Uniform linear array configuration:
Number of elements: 16
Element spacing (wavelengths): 0.75
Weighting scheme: blackman
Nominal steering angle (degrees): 30
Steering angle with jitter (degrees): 31.621
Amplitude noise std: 0.05
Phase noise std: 0.05

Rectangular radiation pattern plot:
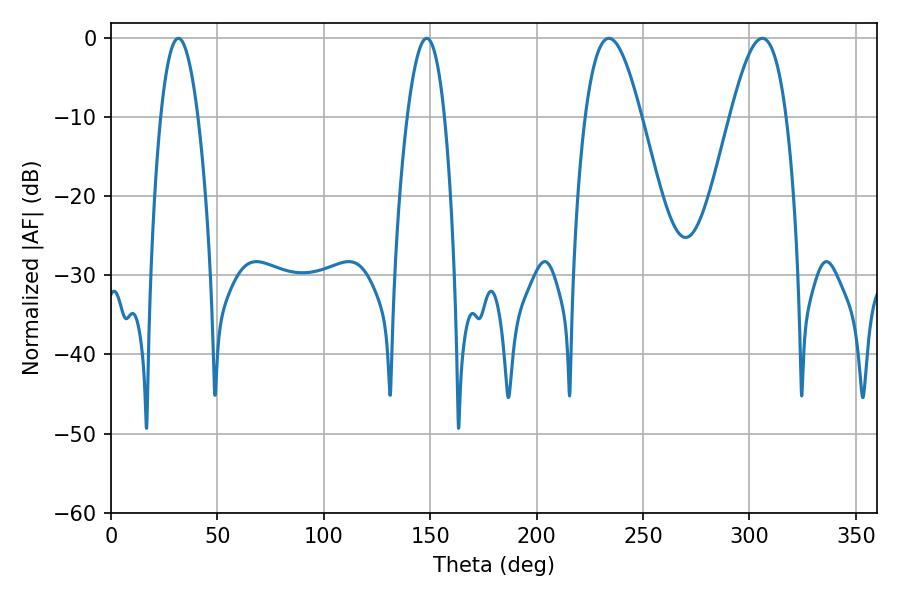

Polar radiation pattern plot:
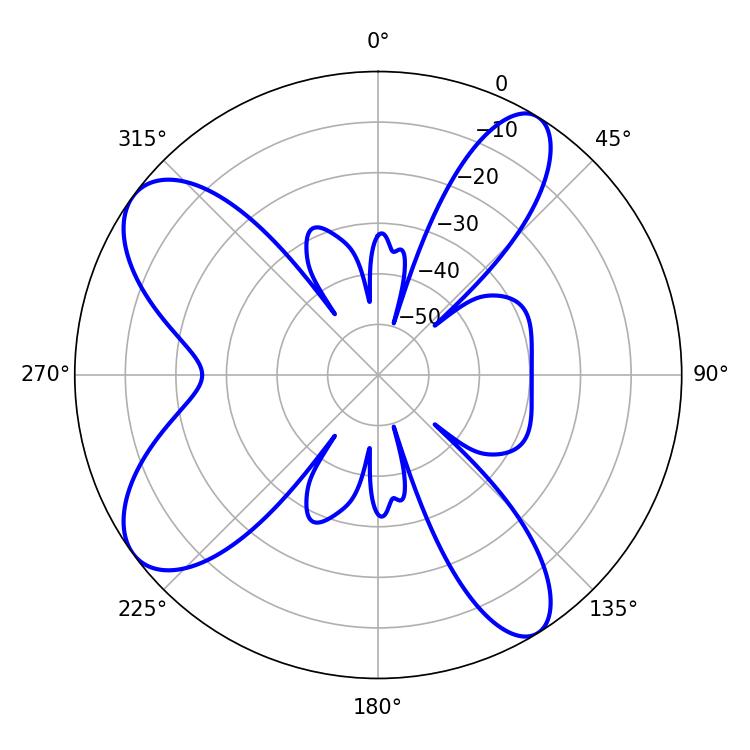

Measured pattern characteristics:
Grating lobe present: TRUE
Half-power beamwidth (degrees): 9.54
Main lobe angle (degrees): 31.68